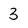
Character: 3